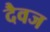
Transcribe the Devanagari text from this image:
दैवज